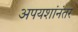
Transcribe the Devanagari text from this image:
अपयशांनंतर